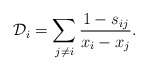
\begin{gather*} {\cal D}_i = \sum_{j \not= i} {1-s_{ij} \over x_i-x_j }.\end{gather*}